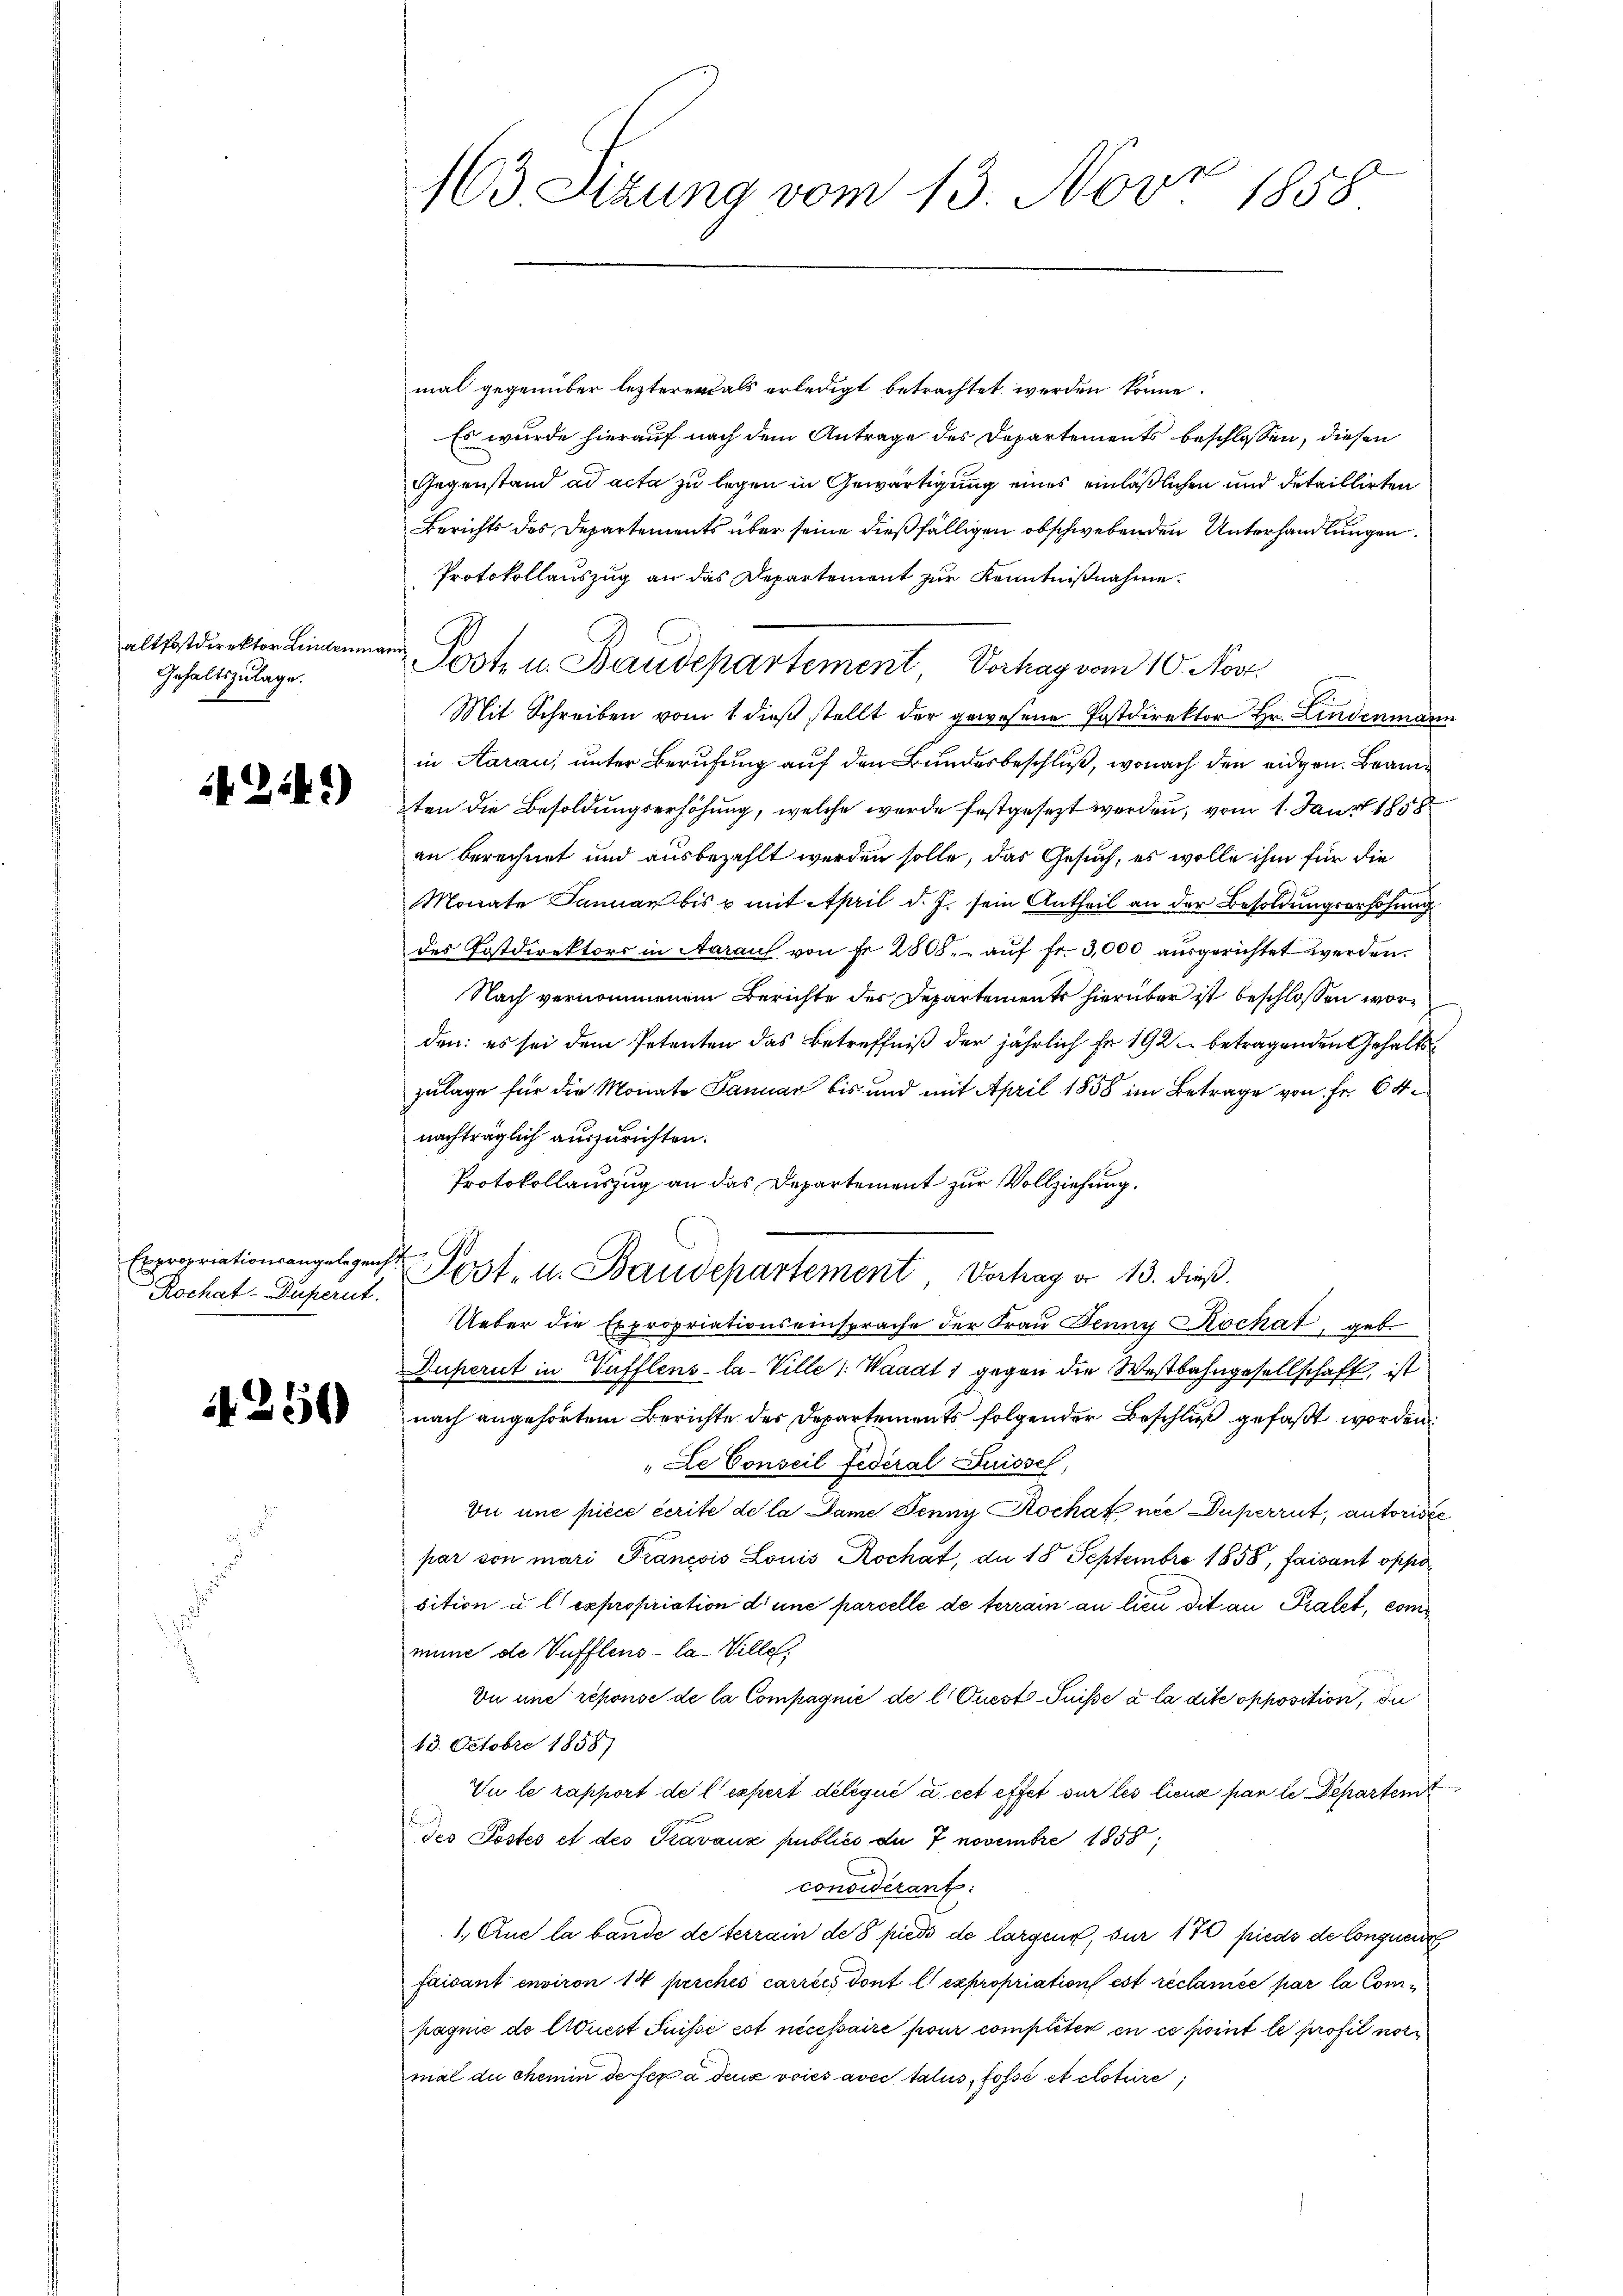
altpostdirektor Linderung
Gehaltszulage.

2441)

Expropriationsangelegung
Rochat-Duperut.

1250)

163 Sizung vom 13. Nov. 1858

schen
Fost. u. Baudepartement, Vortrag d. 13. dieß.

mal gegenüber lezterer als erledigt betrachtet werden könne.
Es wurde hierauf nach dem Antrage des Departements beschlossen, diesen
Gegenstand ad acta zu legen in Gewärtigung eines einläßlichen und detaillirten
Berichts des Departements über seine dießfälligen obschwebenden Unterhandlungen
Protokollauszug an das Departement zur Kenntnißnahme.
en
.
Mit Schreiben vom 1 dieβ stellt der gewesene Postdirektor Hr. Lindenmann
in Aarau, unter Berufung auf den Bundesbeschluß, wonach den eidgen. Beamten die Besoldungserhöhung, welche wurde festgesezt worden, vom 1. Janr 1858
an berechnet und ausbezahlt werden solle, das Gesuch, es wolle ihm für die
Monate Januar bis u mit April d. J. sein Antheil an der Besoldungserhöhung
des Postdirektors in Aarauf von Fr. 2808, auf fr. 3,000 ausgerichtet werden.
Nach vernommenem Berichte der Departements hierüber ist beschlossen worden: es sei dem Petenten das Betreffniß der jährlich fr. 192 betragenden Gehaltszulage für die Monate Januar bis und mit April 1858 im Betrage von Fr. 64
nachträglich auszurichten.
Protokollauszug an das Departement zur Vollziehung.
Ueber die Expropriationseinsprache der Frau Jenny Kochat, geb.
Duperit in Vufflens-la-Ville ( Waadt 1 gegen die Westbahngesellschaft, ist
nach angehörtem Berichte des Departements folgender Beschluß gefaßt worden.
Le Conseil Federal Suisse,
Vii une piece écrite de la Dame Jenny Rockat nie Duperrut, autoriste
par von mari Francois Louis Rochat, da 18 Septembre 1858, faisant oppo
sition u l. expropriation d eine parcelle de terrain an lieu dit an Pratet, commine de Vufflens- la-Ville,
Vi une réponse de la Compagnie de l. Quest-Puisse à la dite opposition, di
13. Octobre 1858)
Vu le rapport de l’expert délégué à cet effet sur les lieux par le Departemt
des Postes et des Travaux publics du 7 novembre 1858;
considérant:
1., Aue la bande de terrain de 8 pieds de largen, für 170 pieds de longuerr
faisant environ 14 perches carries dont l. expropriation est reclamée par la Compagnie de Adrest Suisse est nécessaire pour completen en ce point le profit notmal du chemin de fera deux voies avec talis, fossé et clature,

Post u. Baudepartement Verhag vom 10. Nov.